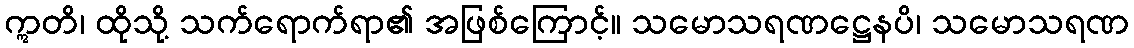
ဣတိ၊ ထိုသို့ သက်ရောက်ရာ၏ အဖြစ်ကြောင့်။ သမောသရဏဋ္ဌေနပိ၊ သမောသရဏ